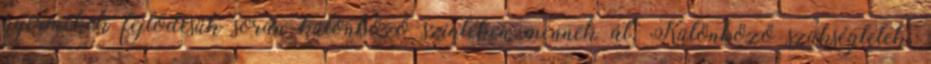
gyermekek fejlődésük során különböző szinteken mennek át. Különböző szükségletek,